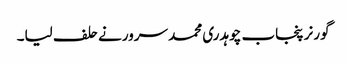
گورنر پنجاب چوہدری محمد سرورنے حلف لیا۔